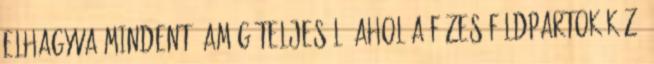
Elhagyva mindent, amíg teljesül, Ahol a fűzes földpartok közé